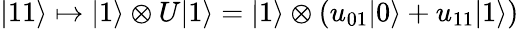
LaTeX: |11\rangle\mapsto|1\rangle\otimes U|1\rangle=|1\rangle\otimes\left(u_{01}|0\rangle+u_{11}|1\rangle\right)